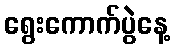
ရွေးကောက်ပွဲနေ့